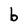
Character: b